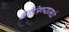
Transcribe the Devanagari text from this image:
कांजिण्यामधे